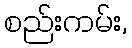
စည်းကမ်း,